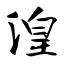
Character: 湟